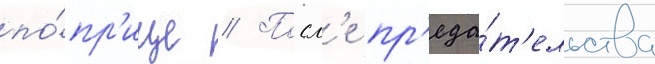
по́пр'ище // Посл'е пр'еда́т'ельства